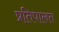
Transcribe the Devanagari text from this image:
प्रतिपालत